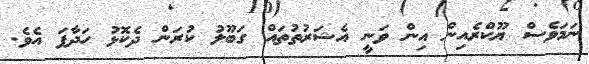
ނަމަވެސް ޔޫކްރެއިން އިން ވަނީ އެޝަރުތުތައް ގަބޫލު ކުރަން ދެކޮޅު ހަދާފަ އެވެ.